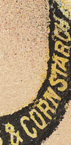
& CORN STARCH